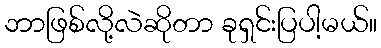
ဘာဖြစ်လို့လဲဆိုတာ ခုရှင်းပြပါ့မယ်။